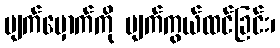
မျက်မှောက်ကို မျက်ကွယ်ထင်ခြင်း၊